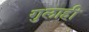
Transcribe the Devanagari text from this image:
गुलाही